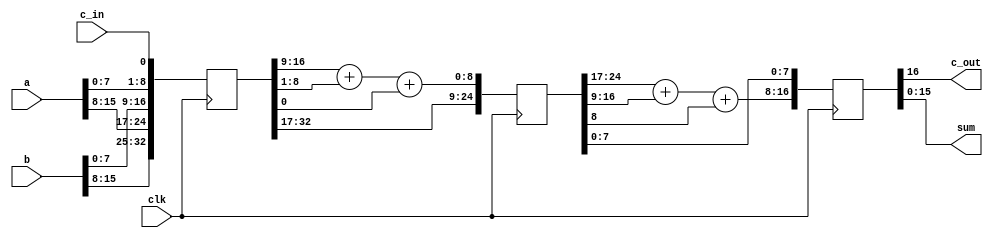
module test(c_out,sum,a,b,c_in,clk);
parameter size = 16;
parameter half = size/2; 		// half = 8
parameter double = 2*size; 		//double = 32
parameter triple = 3*half; 		//triple = 24
parameter size1 = half-1; 		//size1 = 7
parameter size2 = size-1; 		//size2 = 15
parameter size3 = half+1; 		//size3 = 9
parameter r1 = 1; 
parameter l1 = half; 			//l1 = 8
parameter r2 = size3; 			//r2 = 9
parameter l2 = size; 			//l2 = 16
parameter r3 = size+ 1; 		//r3 = 17
parameter l3 = size + half; 	//l3 = 24
parameter r4 = double - half +1;//r4 = 25
parameter l4 = double; 			//l4 = 32

input [size2: 0] a,b; 			//input a,b [15:0]
input c_in, clk;
output [size2: 0] sum; 			//ouput sum [15:0]
output c_out;

reg [double: 0] ir; 			//reg ir [32:0] //input register
reg [triple: 0] pr; 			//reg pr [24:0] //pipeline register
reg [size: 0] OR; 				//reg OR [16:0] //ouput register

assign{c_out, sum} = OR;
always@(posedge clk)
begin
	//load input register
	ir[0] <= c_in;
	ir[l1:r1] <= a[size1: 0];
	ir[l2:r2] <= b[size1: 0];
	ir[l3:r3] <= a[size2: half];
	ir[l4:r4] <= b[size2: half];
	
	//load pipeline register
	pr[l3:r3] <= ir[l4:r4];
	pr[l2:r2] <= ir[l3:r3];
	pr[half:0] <= ir[l2:r2] + ir[l1:r1] +ir[0];

	//load output register
	OR <= {{1'b0,pr[l3:r3]} + {1'b0,pr[l2:r2]} + pr[half] , pr[size1:0]};
end
endmodule